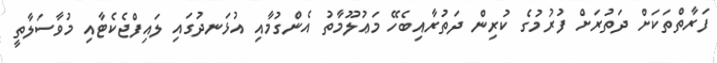
ފަރާތްތަކަށް ދަތުރަށް ފުރުމުގެ ކުރިން ދަތުރާއިބެހޭ މަޢުލޫމާތު އެންގުމާއި އުޅަނދުގައި ލައިފްޖެކެޓާއި މުވާސަލާތީ